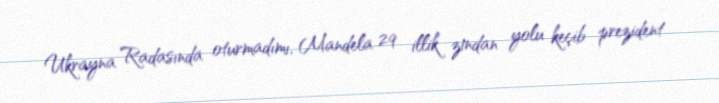
Ukrayna Radasında oturmadımı, Mandela 29 illik zindan yolu keçib prezident